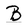
Character: B